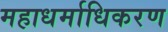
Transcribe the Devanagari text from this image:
महाधर्माधिकरण